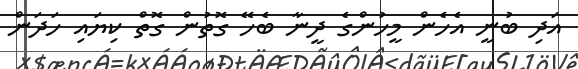
އަދި ބުނީ އެހެން މީހުންގެ ދީނާ ބެހޭ ގޮތުން ގޮތް ކިޔައި ހަދަން